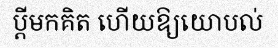
ប្តីមកគិត ហើយឱ្យយោបល់